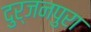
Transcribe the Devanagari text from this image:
दुर्जनपुरा